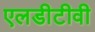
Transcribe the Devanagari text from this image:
एलडीटीवी